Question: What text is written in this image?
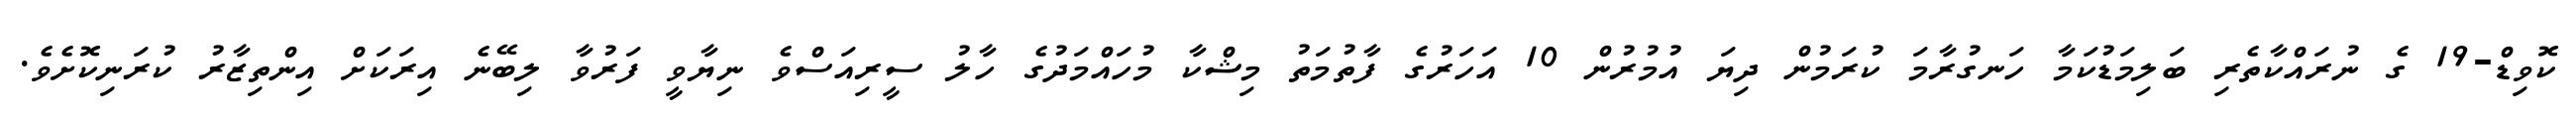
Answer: ކޮވިޑް-19 ގެ ނުރައްކާތެރި ބަލިމަޑުކަމާ ހަނގުރާމަ ކުރަމުން ދިޔަ އުމުރުން 10 އަހަރުގެ ފާތުމަތު މިޝްކާ މުހައްމަދުގެ ހާލު ސީރިއަސްވެ ނިޔާވީ ފަރުވާ ލިބޭނެ އިރަކަށް އިންތިޒާރު ކުރަނިކޮށެވެ.